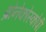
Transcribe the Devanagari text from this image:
ब्रोनेकोस्कोपी